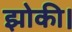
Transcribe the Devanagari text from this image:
झोकी।